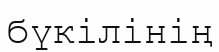
бүкілінің